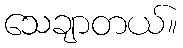
သေချာတယ်။